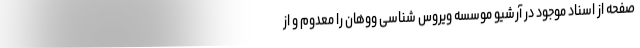
صفحه از اسناد موجود در آرشیو موسسه ویروس شناسی ووهان را معدوم و از